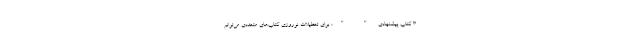
3 کتاب پیشنهادی " ": برای تعطیلات نوروزی کتاب‌های متعددی می‌توانم